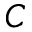
C